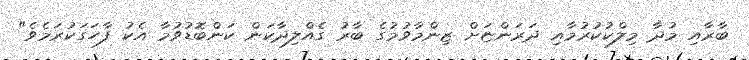
ބާރާއި މުދާ މިލްކުކުރުމާއި ދަރަންޏަށް ޒިންމާވުމުގެ ބާރު ގެއްލިދާކަން ކަންބޮޑުވުމާ އެކު ފާހަގަކުރަމެވެ"